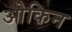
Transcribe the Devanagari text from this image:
ओकिन